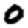
Digit: 0